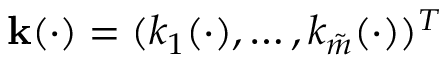
\mathbf k ( \cdot ) = ( k _ { 1 } ( \cdot ) , \dots , k _ { \tilde { m } } ( \cdot ) ) ^ { T }